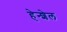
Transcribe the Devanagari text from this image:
हेन्शेल